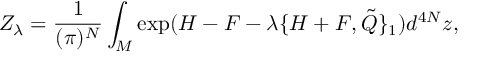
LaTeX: Z _ { \lambda } = \frac { 1 } { ( \pi ) ^ { N } } \int _ { { \cal M } } \exp ( H - F - \lambda \{ H + F , { \tilde { Q } \} _ { 1 } } ) d ^ { 4 N } z ,